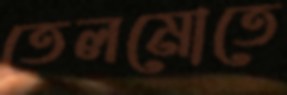
তেলমোতে